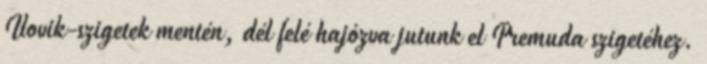
Ilovik-szigetek mentén, dél felé hajózva jutunk el Premuda szigetéhez.